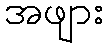
အဖျား